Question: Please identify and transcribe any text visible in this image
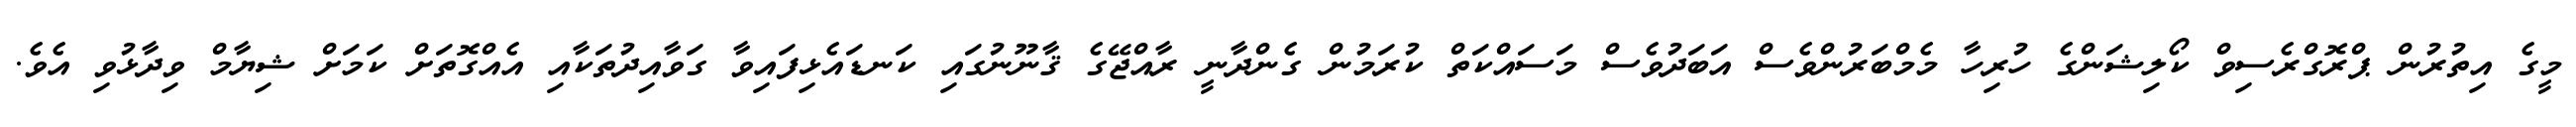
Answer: މީގެ އިތުރުން ޕްރޮގްރެސިވް ކޯލިޝަންގެ ހުރިހާ މެމްބަރުންވެސް އަބަދުވެސް މަސައްކަތް ކުރަމުން ގެންދާނީ ރާއްޖޭގެ ޤާނޫނުގައި ކަނޑައެޅިފައިވާ ގަވާއިދުތަކާއި އެއްގޮތަށް ކަމަށް ޝިޔާމް ވިދާޅުވި އެވެ.